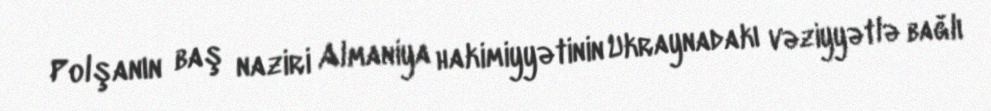
Polşanın baş naziri Almaniya hakimiyyətinin Ukraynadakı vəziyyətlə bağlı